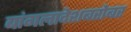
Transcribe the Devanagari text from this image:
बांगलादेशबरोबर